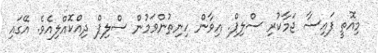
މިއޮތީ ފައިސާ ޖަމާކުރި ސްލިޕް. އިވާން ހިނިތުންވަމުން ސްލިޕް ދިއްކޮއްލިއެވެ. އޭގައި